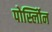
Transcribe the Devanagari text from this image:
पोर्स्लोिन